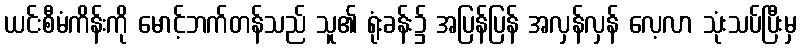
ယင်းစီမံကိန်းကို မောင့်ဘက်တန်သည် သူ၏ ရုံးခန်း၌ အပြန်ပြန် အလှန်လှန် လေ့လာ သုံးသပ်ပြီးမှ